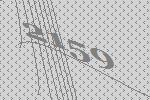
2159